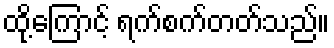
ထို့ကြောင့် ရက်စက်တတ်သည်။